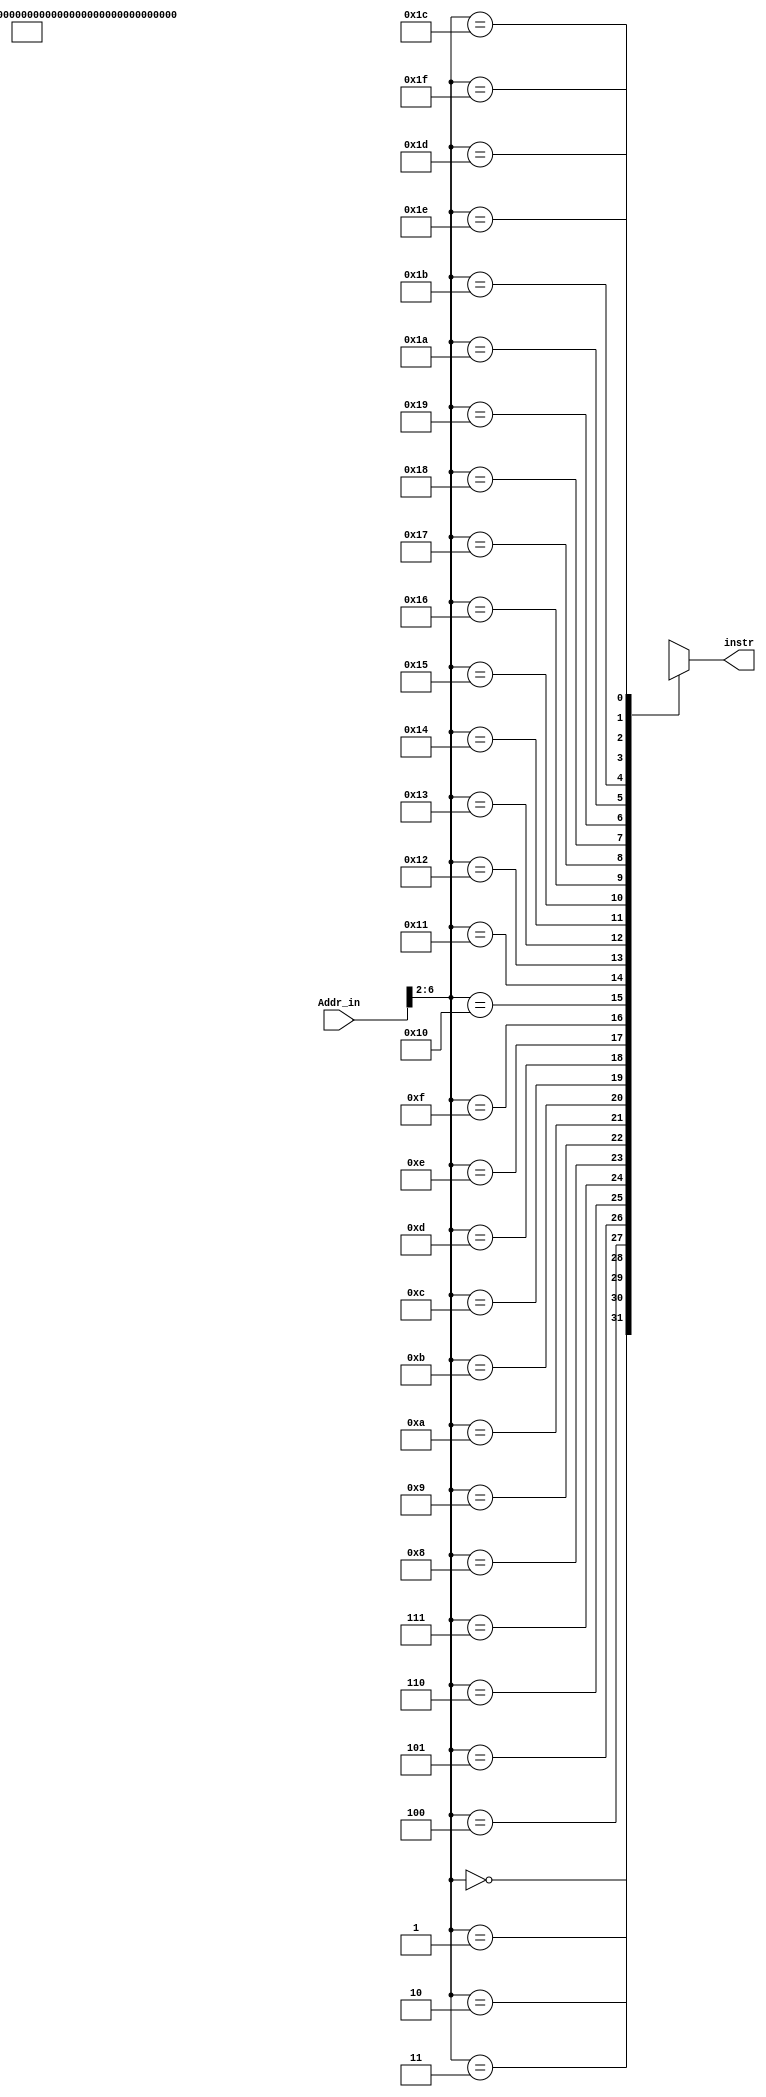
module IM(input [31:0] Addr_in,
          output reg [31:0] instr);
    
    reg [31:0]Instr[31:0];
    
    initial begin
        Instr[0] = {6'd54,5'd9,5'd10,5'd8,5'd0,6'd21};
        Instr[1] = {6'd54,5'd9,5'd10,5'd9,5'd0,6'd22};

        Instr[2] = {6'd54,5'd13,5'd11,5'd11,5'd0,6'd23};
        Instr[3] = {6'd54,5'd11,5'd13,5'd13,5'd0,6'd24};
        Instr[4] = {6'd54,5'd0,5'd12,5'd11,5'd2,6'd25};
        Instr[5] = {6'd54,5'd0,5'd15,5'd13,5'd5,6'd26};
        instr = Instr[0];
    end

    always@(Addr_in)begin
        instr <= Instr[Addr_in>>2];
    end

endmodule